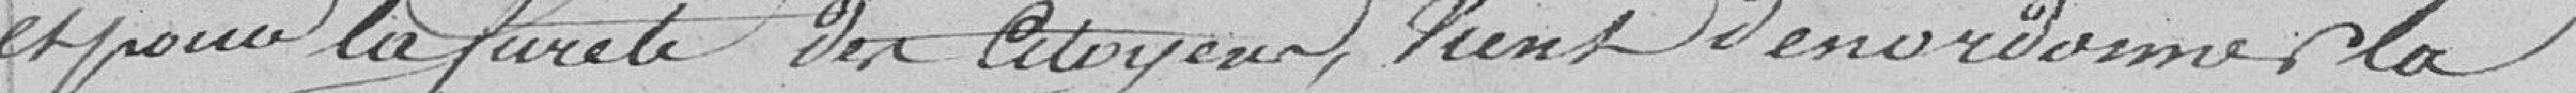
a, pour la sûreté des citoyens, vient d'en ordonner la